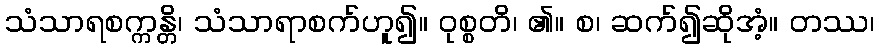
သံသာရစက္ကန္တိ၊ သံသာရာစက်ဟူ၍။ ဝုစ္စတိ၊ ၏။ စ၊ ဆက်၍ဆိုအံ့။ တဿ၊